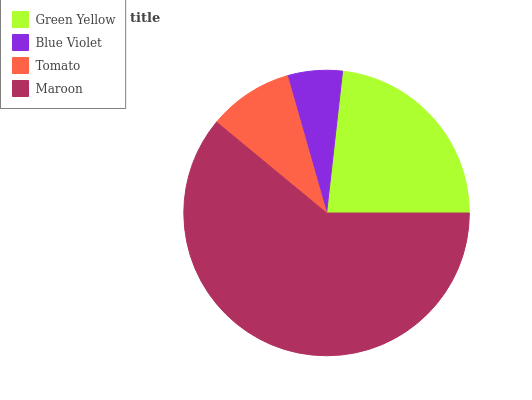
| Green Yellow | Blue Violet | Tomato | Maroon |
 | --- | --- | --- | --- |
 | 23.2% | 6.21% | 9.6% | 61% |